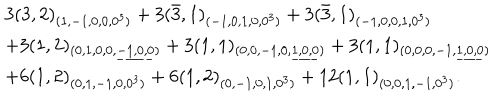
\begin{array} { l } { { 3 ( 3 , 2 ) _ { ( 1 , - 1 , 0 , 0 , 0 ^ { 3 } ) } + 3 ( \bar { 3 } , 1 ) _ { ( - 1 , 0 , 1 , 0 , 0 ^ { 3 } ) } + 3 ( \bar { 3 } , 1 ) _ { ( - 1 , 0 , 0 , 1 , 0 ^ { 3 } ) } } } \\ { { + 3 ( 1 , 2 ) _ { ( 0 , 1 , 0 , 0 , \underline { { { - 1 , 0 , 0 } } } ) } + 3 ( 1 , 1 ) _ { ( 0 , 0 , - 1 , 0 , \underline { { { 1 , 0 , 0 } } } ) } + 3 ( 1 , 1 ) _ { ( 0 , 0 , 0 , - 1 , \underline { { { 1 , 0 , 0 } } } ) } } } \\ { { + 6 ( 1 , 2 ) _ { ( 0 , 1 , - 1 , 0 , 0 ^ { 3 } ) } + 6 ( 1 , 2 ) _ { ( 0 , - 1 , 0 , 1 , 0 ^ { 3 } ) } + 1 2 ( 1 , 1 ) _ { ( 0 , 0 , 1 , - 1 , 0 ^ { 3 } ) } . } } \\ \end{array}